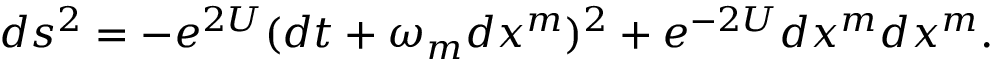
d s ^ { 2 } = - e ^ { 2 U } ( d t + \omega _ { m } d x ^ { m } ) ^ { 2 } + e ^ { - 2 U } d x ^ { m } d x ^ { m } .